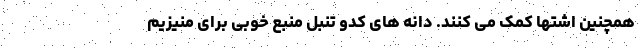
همچنین اشتها کمک می کنند. دانه های کدو تنبل منبع خوبی برای منیزیم